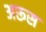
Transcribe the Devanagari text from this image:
अरूस